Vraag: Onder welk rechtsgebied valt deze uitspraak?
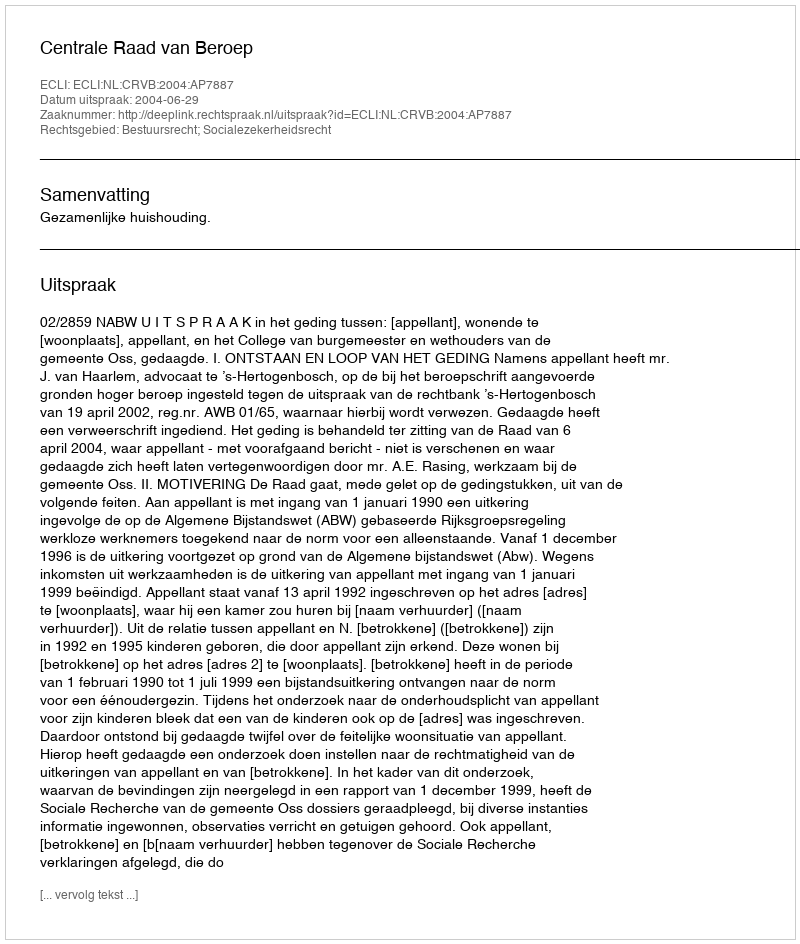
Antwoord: Bestuursrecht; Socialezekerheidsrecht